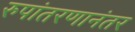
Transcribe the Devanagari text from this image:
रुपांतरणानंतर